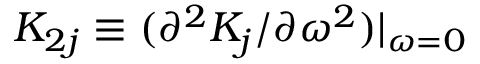
K _ { 2 j } \equiv ( \partial ^ { 2 } K _ { j } / \partial \omega ^ { 2 } ) | _ { \omega = 0 }